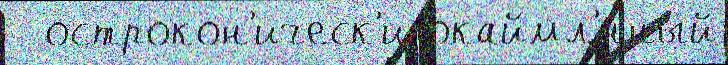
  острокон'ическ'и окаймл'́нный